Note on the mental hospitals in Burma - 1925-1940
Year: 1925
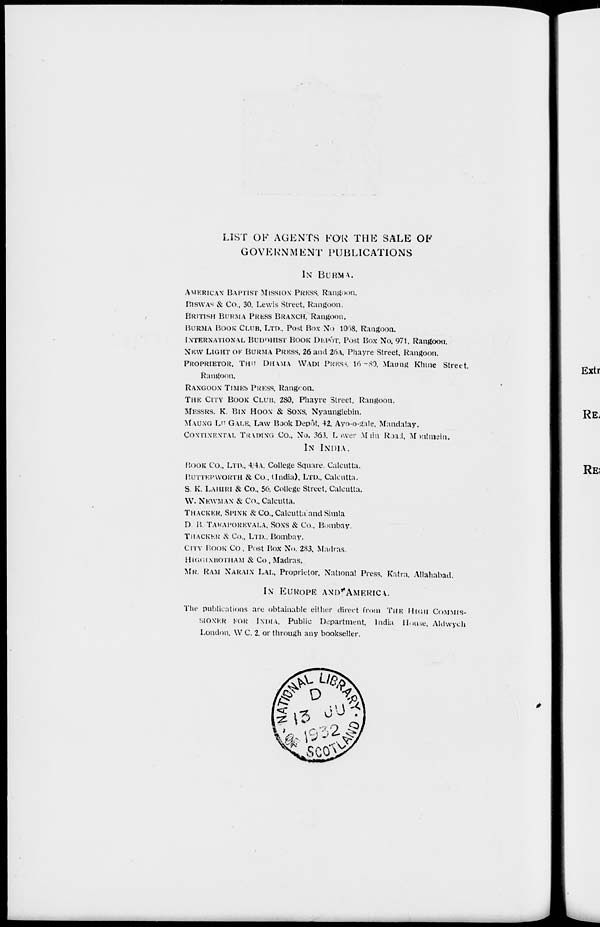
LIST OF AGENTS FOR THE SALE OF
GOVERNMENT PUBLICATIONS
IN BURMA.
AMERICAN BAPTIST MISSION PRESS, Rangoon.
BISWAS & Co., 30, Lewis Street, Rangoon.
BRITISH BURMA PRESS BRANCH, Rangoon.
BURMA BOOK CLUB, LTD.. Post Box No 1068, Rangoon.
INTERNATIONAL BUDHHIST BOOK DEPÔT. Post Box No. 971, Rangoon.
NEW LIGHT OF BURMA PRESS, 26 and 26A, Phayre Street, Rangoon.
PROPRIETOR, THE DHAMA WADI PRESS, 16-80, Maung Khme Street,
Rangoon.
RANGOON TIMES PRESS, Rangoon.
THE CITY BOOK CLUB, 280, Phayre Street, Rangoon.
MESSRS. K. BIN HOON & SONS, Nyaunglebin.
MAUNG LU GALE, Law Book Depôt, 42. Ayo-o-gale, Mandalay.
CONTINENTAL TRADING Co., No. 363, Lower Main Road, Moulmein.
IN INDIA.
BOOK Co., LTD., 44A, College Square. Calcutta.
BUTTERWORTH & Co., (India), LTD., Calcutta.
S. K. LAHIRI & Co., 56, College Street. Calcutta.
W. NEWMAN & Co., Calcutta.
THACKER, SPINK & Co., Calcutta and Simla
D. B. TARAPOREVALA, SONS & Co., Bombay.
THACKER & Co., LTD., Bombay.
CITY BOOK Co., Post Box No. 283, Madras.
HIGGINBOTHAM
& Co, Madras.
MR. RAM NARAIN LAL, Proprietor, National Press, Katra, Allahabad.
IN EUROPE AND AMERICA.
The publications are obtainable either direct from THE HIGH COMMIS-
------ FOR INDIA, Public Department, India House, Aldwych
London, W. C. 2, or through any bookseller.